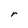
Character: r